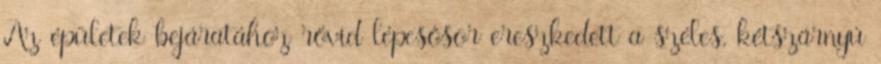
Az épületek bejáratához rövid lépcsősor ereszkedett a széles, kétszárnyú